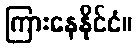
ကြားနေနိုင်ငံ။